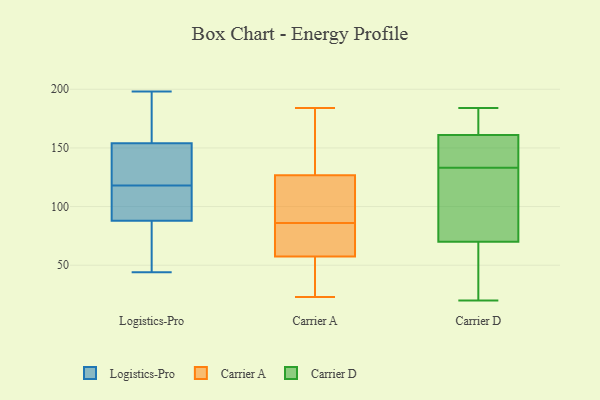
{"axis": {"x": "Churn Rate (%)", "y": "Value"}, "legend": ["Carrier A", "Carrier D", "Logistics-Pro"], "data": [{"x": "", "y": 92, "type": "Logistics-Pro"}, {"x": "", "y": 198, "type": "Logistics-Pro"}, {"x": "", "y": 178, "type": "Logistics-Pro"}, {"x": "", "y": 45, "type": "Logistics-Pro"}, {"x": "", "y": 154, "type": "Logistics-Pro"}, {"x": "", "y": 44, "type": "Logistics-Pro"}, {"x": "", "y": 72, "type": "Logistics-Pro"}, {"x": "", "y": 153, "type": "Logistics-Pro"}, {"x": "", "y": 138, "type": "Logistics-Pro"}, {"x": "", "y": 182, "type": "Logistics-Pro"}, {"x": "", "y": 101, "type": "Logistics-Pro"}, {"x": "", "y": 155, "type": "Logistics-Pro"}, {"x": "", "y": 106, "type": "Logistics-Pro"}, {"x": "", "y": 69, "type": "Logistics-Pro"}, {"x": "", "y": 122, "type": "Logistics-Pro"}, {"x": "", "y": 114, "type": "Logistics-Pro"}, {"x": "", "y": 88, "type": "Logistics-Pro"}, {"x": "", "y": 133, "type": "Logistics-Pro"}, {"x": "", "y": 136, "type": "Carrier A"}, {"x": "", "y": 105, "type": "Carrier A"}, {"x": "", "y": 129, "type": "Carrier A"}, {"x": "", "y": 54, "type": "Carrier A"}, {"x": "", "y": 86, "type": "Carrier A"}, {"x": "", "y": 57, "type": "Carrier A"}, {"x": "", "y": 135, "type": "Carrier A"}, {"x": "", "y": 70, "type": "Carrier A"}, {"x": "", "y": 151, "type": "Carrier A"}, {"x": "", "y": 120, "type": "Carrier A"}, {"x": "", "y": 184, "type": "Carrier A"}, {"x": "", "y": 28, "type": "Carrier A"}, {"x": "", "y": 79, "type": "Carrier A"}, {"x": "", "y": 106, "type": "Carrier A"}, {"x": "", "y": 75, "type": "Carrier A"}, {"x": "", "y": 59, "type": "Carrier A"}, {"x": "", "y": 56, "type": "Carrier A"}, {"x": "", "y": 23, "type": "Carrier A"}, {"x": "", "y": 90, "type": "Carrier A"}, {"x": "", "y": 20, "type": "Carrier D"}, {"x": "", "y": 132, "type": "Carrier D"}, {"x": "", "y": 70, "type": "Carrier D"}, {"x": "", "y": 183, "type": "Carrier D"}, {"x": "", "y": 30, "type": "Carrier D"}, {"x": "", "y": 134, "type": "Carrier D"}, {"x": "", "y": 184, "type": "Carrier D"}, {"x": "", "y": 72, "type": "Carrier D"}, {"x": "", "y": 153, "type": "Carrier D"}, {"x": "", "y": 161, "type": "Carrier D"}]}